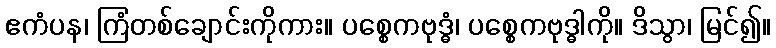
ဧကံပန၊ ကြံတစ်ချောင်းကိုကား။ ပစ္စေကဗုဒ္ဓံ၊ ပစ္စေကဗုဒ္ဓါကို။ ဒိသွာ၊ မြင်၍။